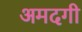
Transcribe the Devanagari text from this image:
अमदगी